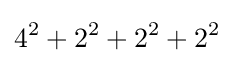
4^{2}+2^{2}+2^{2}+2^{2}